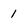
Character: 1